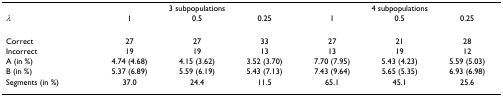
<table><thead><tr><td></td><td colspan="3"><b>3 subpopulations</b></td><td colspan="3"><b>4 subpopulations</b></td></tr><tr><td><b><i>λ</i></b></td><td><b>1</b></td><td><b>0.5</b></td><td><b>0.25</b></td><td><b>1</b></td><td><b>0.5</b></td><td><b>0.25</b></td></tr></thead><tbody><tr><td>Correct</td><td>27</td><td>27</td><td>33</td><td>27</td><td>21</td><td>28</td></tr><tr><td>Incorrect</td><td>19</td><td>19</td><td>13</td><td>13</td><td>19</td><td>12</td></tr><tr><td>A (in %)</td><td>4.74 (4.68)</td><td>4.15 (3.62)</td><td>3.52 (3.70)</td><td>7.70 (7.95)</td><td>5.43 (4.23)</td><td>5.59 (5.03)</td></tr><tr><td>B (in %)</td><td>5.37 (6.89)</td><td>5.59 (6.19)</td><td>5.43 (7.13)</td><td>7.43 (9.64)</td><td>5.65 (5.35)</td><td>6.93 (6.98)</td></tr><tr><td>Segments (in %)</td><td>37.0</td><td>24.4</td><td>11.5</td><td>65.1</td><td>45.1</td><td>25.6</td></tr></tbody></table>